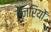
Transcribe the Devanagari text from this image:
हेनरियों